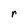
Character: r